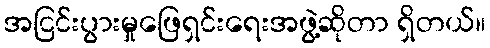
အငြင်းပွားမှုဖြေရှင်းရေးအဖွဲ့ဆိုတာ ရှိတယ်။